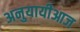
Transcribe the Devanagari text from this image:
अनुयायीआज